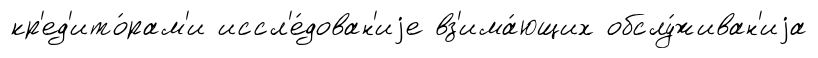
кр'ед'ито́рам'и иссл'е́дован'иjе вз'има́ющих обслу́живан'иjа